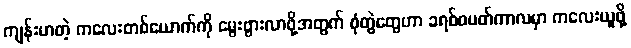
ကျန်းမာတဲ့ ကလေးတစ်ယောက်ကို မွေးဖွားလာဖို့အတွက် စုံတွဲတွေဟာ ခရစ်စမတ်ကာလမှာ ကလေးယူဖို့